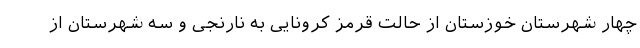
چهار شهرستان خوزستان از حالت قرمز کرونایی به نارنجی و سه شهرستان از